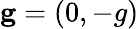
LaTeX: \mathbf{g}=(0,-g)